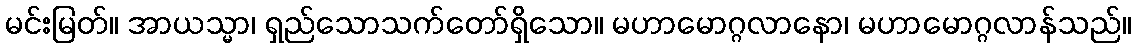
မင်းမြတ်။ အာယသ္မာ၊ ရှည်သောသက်တော်ရှိသော။ မဟာမောဂ္ဂလာနော၊ မဟာမောဂ္ဂလာန်သည်။